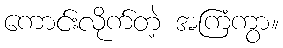
ကောင်းလိုက်တဲ့ အကြံကွာ။